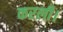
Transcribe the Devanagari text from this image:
करली।